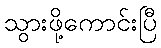
သွားဖို့ကောင်းပြီ